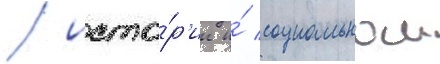
/ исто́р'ии и́ социальнои